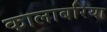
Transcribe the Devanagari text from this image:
कालाबरिया